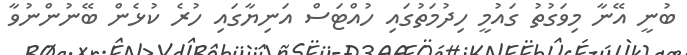
ބުނީ އޭނާ މިވަގުތު ގައުމީ ހިދުމަތުގައި ހުއްޓަސް އަނިޔާގައި ހުރެ ކުޅެން ބޭނުންނުވާ